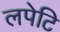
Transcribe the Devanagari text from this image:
लपेटि